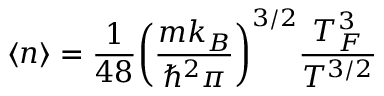
\left\langle n \right\rangle = { \frac { 1 } { 4 8 } } { \left( \frac { m k _ { B } } { { \hbar ^ { 2 } \pi } } \right) ^ { 3 / 2 } } { \frac { T _ { F } ^ { 3 } } { T ^ { 3 / 2 } } }